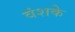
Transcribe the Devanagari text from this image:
वंशके